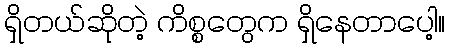
ရှိတယ်ဆိုတဲ့ ကိစ္စတွေက ရှိနေတာပေါ့။